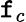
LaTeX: \mathtt{f}_{c}